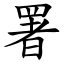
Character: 署